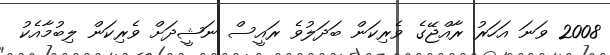
2008 ވަނަ އަހަރު ރާއްޖޭގެ ވެރިކަން ބަދަލުވެ ރައީސް ނަޝީދަށް ވެރިކަން ލިބުމާއެކު